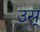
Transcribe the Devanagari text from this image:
उस्